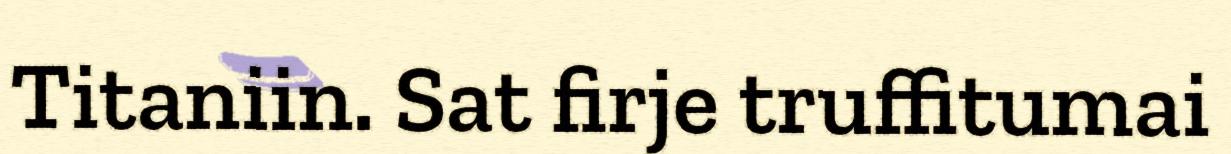
Titaniin. Sat firje truffitumai